Papers set at the Examination for Leaving Certificates, 1890
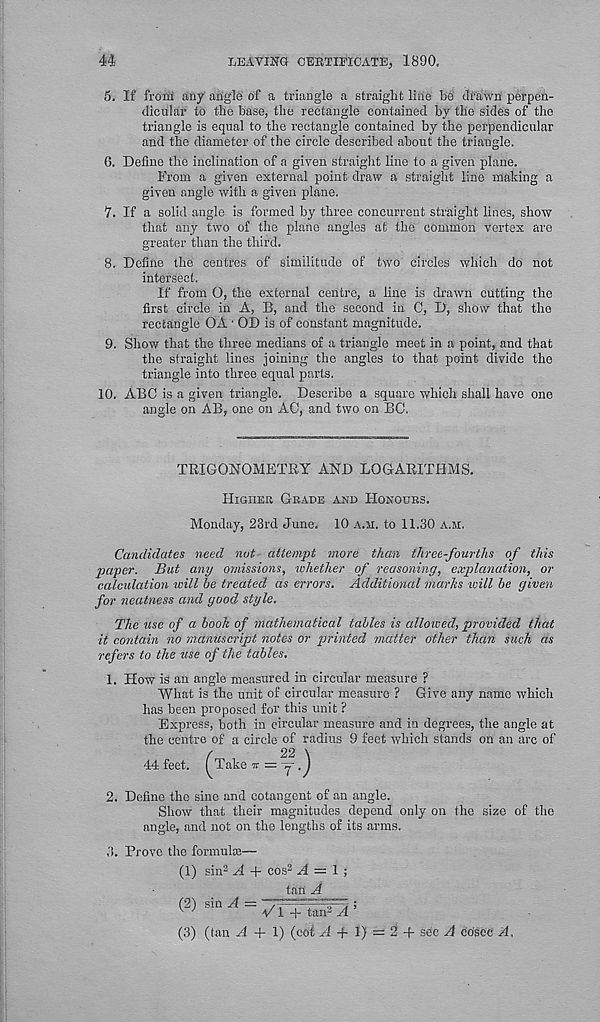
44
LEAVING CERTIFICATE} 1890.
5. If from any angle of a triangle a straight line be dfHwn perpen-
dicular to the base, the rectangle contained by the sides of the
triangle is equal to the rectangle contained by the perpendicular
and the diameter of the circle described about the triangle.
6. Define the inclination of a given straight line to a given plane.
From a given external point draw a straight line making a
given angle with a given plane.
7. If a solid angle is formed by three concurrent straight lines, show
that any two of the plane angles at the common vertex are
greater than the third.
8. Define the centres of similitude of two circles which do not
intersect.
If from O, the external centre, a line is drawn cutting the
first circle in A, B, and the second in C, D, show that the
rectangle OA • OD is of constant magnitude.
9. Show that the three medians of a triangle meet in a point, and that
the straight lines joining the angles to that point divide the
triangle into three equal parts.
10. ABC is a given triangle. Describe a square which shall have one
angle on AB, one on AC, and two on BC.
TRIGONOMETRY AND LOGARITHMS.
Higher Grade and Honours.
Monday, 23rd June. 10 a.m. to 11.30 a,m.
Candidates need nut attempt more than three-fourths of this
paper. But any omissions, whether of reasoning, explanation, or
calculation will he treated as errors. Additional marlts will he given
for neatness and good style.
The use of a hook of mathematical tables is allowed, provided that
it contain no manuscript notes or printed matter other than such as
refers to the use of the tables.
1. How is an angle measured in circular measure ?
What is the unit of circular measure ? Give any name which
has been proposed for this unit ?
Express, both in circular measure and in degrees, the angle at
the centre of a circle of radius 9 feet which stands on an arc of
f
22 \
44 feet, f Take k — -J
2. Define the sine and cotangent of an angle.
Show that their magnitudes depend only on the size of the
angle, and not on the lengths of its arms.
,'(. Provo the formula!—
(1) sin 2 A + cos 2 A — 1 ;
tan A
(2) sinH=^-= ;
(3) (tan .4 + 1) (cof H + 1) = 2 + sec A cosce A,